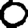
Digit: 0